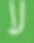
ע